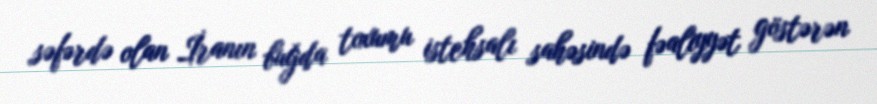
səfərdə olan İranın buğda toxumu istehsalı sahəsində fəaliyyət göstərən